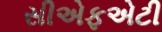
સીએફએટી